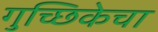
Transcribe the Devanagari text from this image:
गुच्छिकेचा